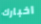
اخبارك